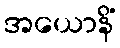
အယောနိံ